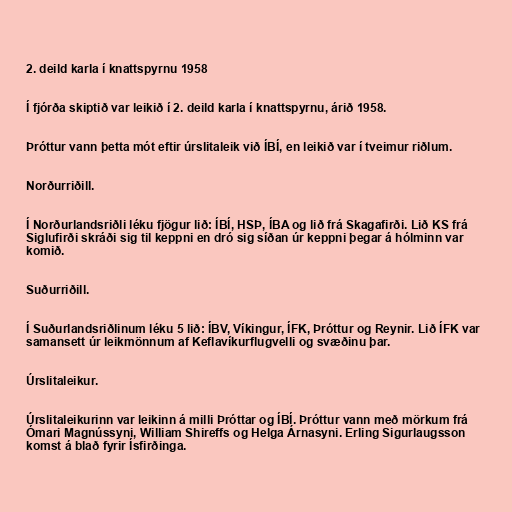
2. deild karla í knattspyrnu 1958

Í fjórða skiptið var leikið í 2. deild karla í knattspyrnu, árið 1958.

Þróttur vann þetta mót eftir úrslitaleik við ÍBÍ, en leikið var í tveimur riðlum.

Norðurriðill.

Í Norðurlandsriðli léku fjögur lið: ÍBÍ, HSÞ, ÍBA og lið frá Skagafirði. Lið KS frá
Siglufirði skráði sig til keppni en dró sig síðan úr keppni þegar á hólminn var
komið.

Suðurriðill.

Í Suðurlandsriðlinum léku 5 lið: ÍBV, Víkingur, ÍFK, Þróttur og Reynir. Lið ÍFK var
samansett úr leikmönnum af Keflavíkurflugvelli og svæðinu þar.

Úrslitaleikur.

Úrslitaleikurinn var leikinn á milli Þróttar og ÍBÍ. Þróttur vann með mörkum frá
Ómari Magnússyni, William Shireffs og Helga Árnasyni. Erling Sigurlaugsson
komst á blað fyrir Ísfirðinga.